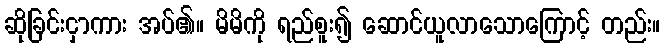
ဆိုခြင်းငှာကား အပ်၏။ မိမိကို ရည်စူး၍ ဆောင်ယူလာသောကြောင့် တည်း။